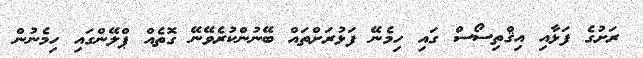
ރަށުގެ ފަޅާއި އިޤްތިސޯސް ގައި ހިމެނޭ ފަޅުރަށްތައް ބޭނުންކުރެވޭނޭ ގޮތެއް ޕްލޭންގައި ހިމެނުން